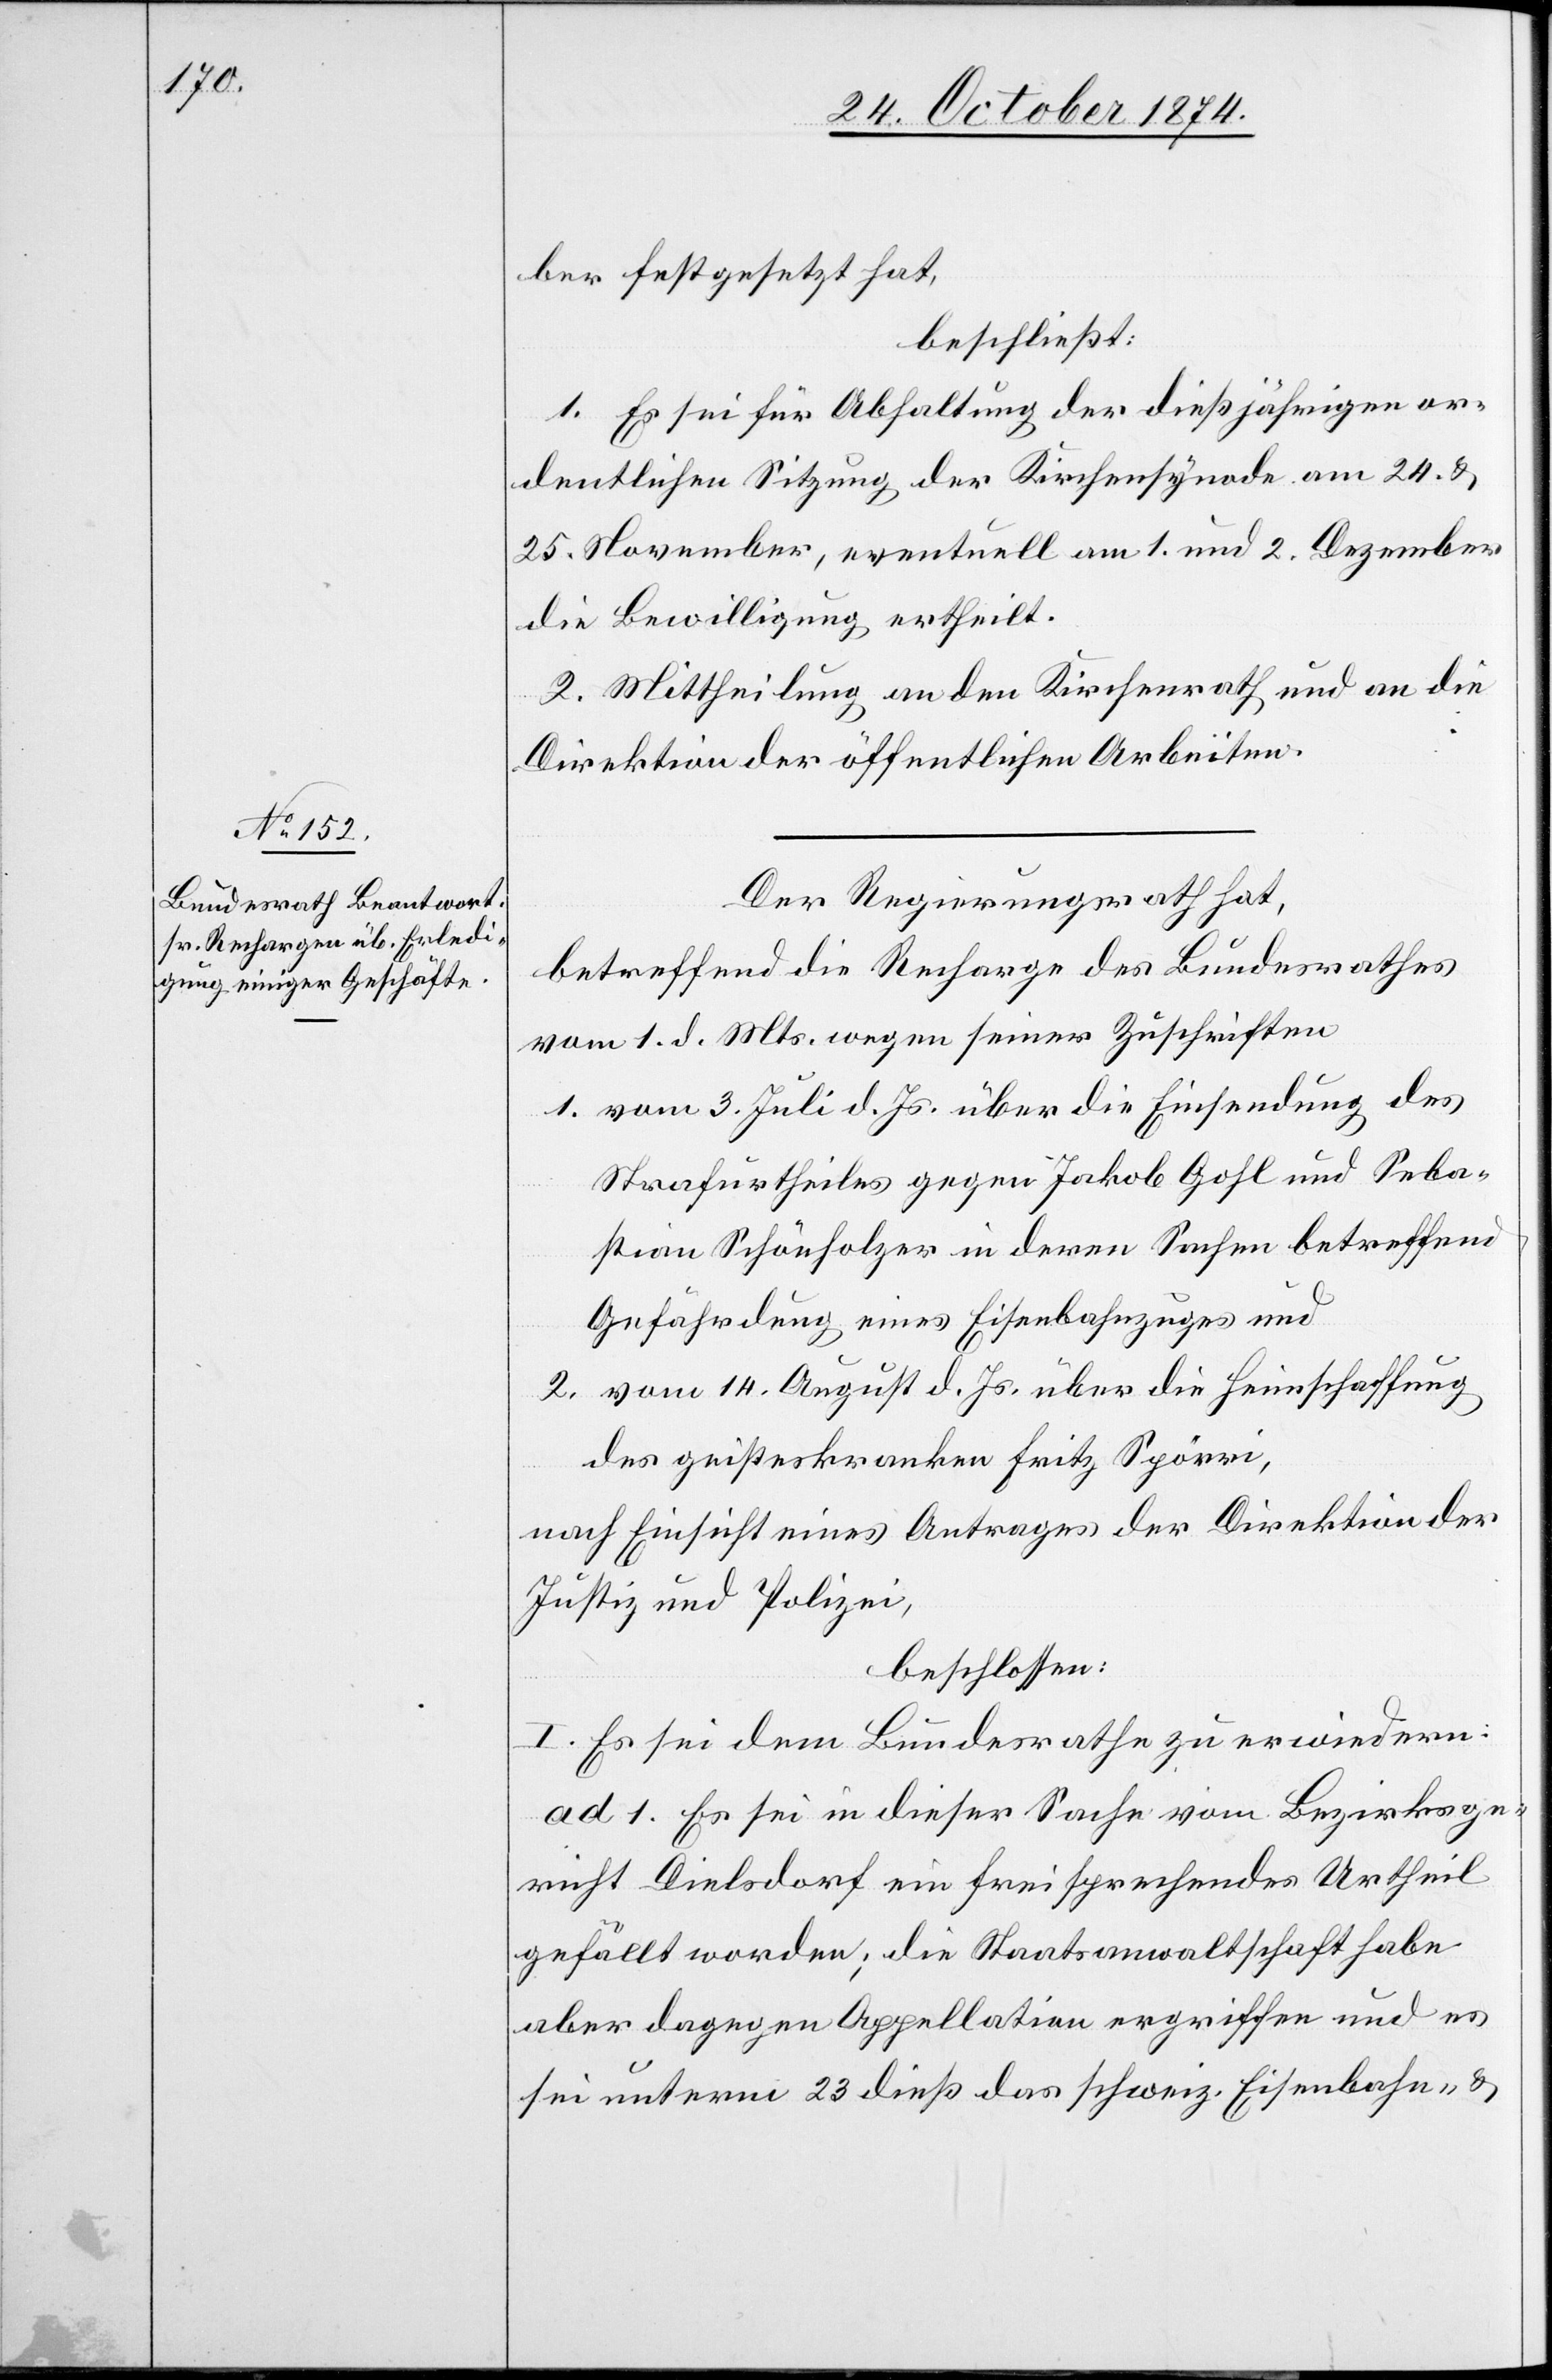
ber festgesetzt hat,
beschließt:
1. Es sei für Abhaltung der dießjährigen or¬
dentlichen Sitzung der Kirchensynode am 24. &
25. November, eventuell am 1. und 2. Dezember
die Bewilligung ertheilt.
2. Mittheilung an den Kirchenrath und an die
Direktion der öffentlichen Arbeiten.
Der Regierungsrath hat,
betreffend die Recharge des Bundesrathes
vom 1. d. Mts. wegen seiner Zuschriften
1. vom 3. Juli d. Js. über die Einsendung des
Strafurtheiles gegen Jakob Gohl und Seba¬
stian Schönholzer in deren Sachen betreffend
Gefährdung eines Eisenbahnzuges und
2. vom 14. August d. Js. über die Heimschaffung
des geisteskranken Fritz Spörri,
nach Einsicht eines Antrages der Direktion der
Justiz und Polizei,
beschlossen:
I. Es sei dem Bundesrathe zu erwiedern:
ad. 1. Es sei in dieser Sache vom Bezirksge¬
richt Dielsdorf ein freisprechendes Urtheil
gefällt worden; die Staatsanwaltschaft habe
aber dagegen Appellation ergriffen und es
sei unterm 23. dieß das schweiz. Eisenbahn- &